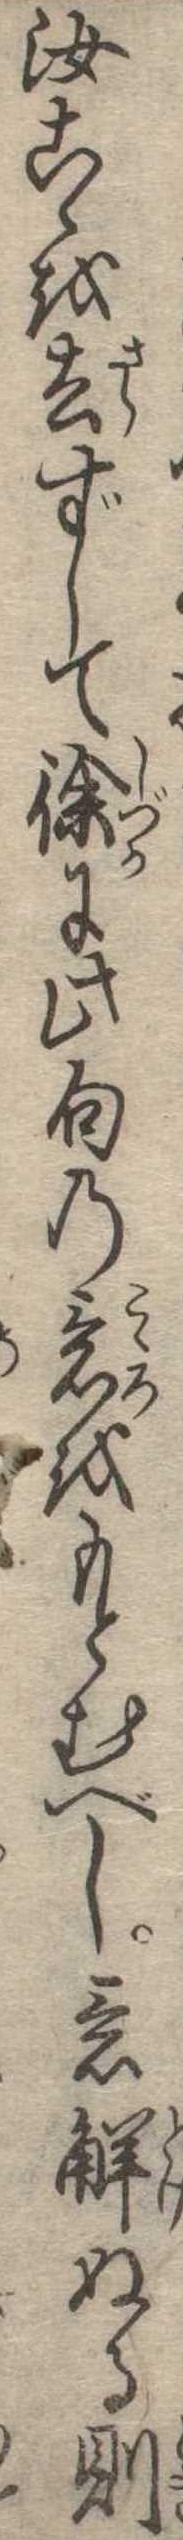
汝こゝを去ずして徐に此句の意をもとむべし意解ぬる則